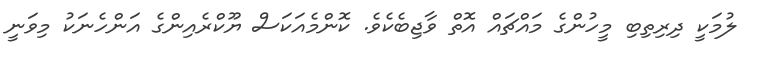
ލުމަކީ ދިރިތިބި މީހުންގެ މައްޗައް އޮތް ވާޖިބެކެވެ. ކޮންމެއަކަސް ޔޫކްރެއިންގެ އަންހެނަކު މިވަނީ